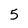
Character: 5